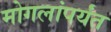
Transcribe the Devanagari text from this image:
मोगलांपर्यंत